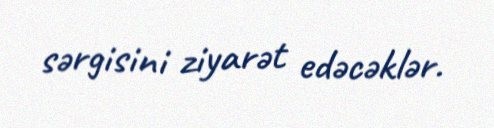
sərgisini ziyarət edəcəklər.